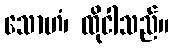
သောဟံ၊ ထိုငါသည်။